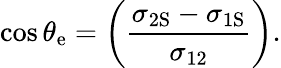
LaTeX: \cos\theta_{\mathrm{{e}}}=\left(\frac{\sigma_{\mathrm{{2S}}}-\sigma_{\mathrm{{1S}}}}{\sigma_{12}}\right).